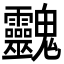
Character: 䰱